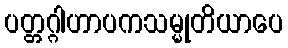
ပတ္တဂ္ဂါဟာပကသမ္မုတိယာပေ